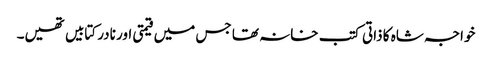
خواجہ شاہ کا ذاتی کتب خانہ تھا جس میں قیمتی اور نادر کتابیں تھیں۔